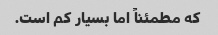
که مطمئناً اما بسیار کم است.